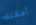
أمكنك